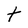
Character: t